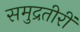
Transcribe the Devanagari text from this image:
समुद्रतीरीं